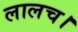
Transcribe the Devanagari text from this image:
लालच।